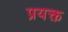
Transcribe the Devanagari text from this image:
प्रयक्त